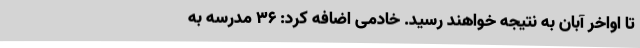
تا اواخر آبان به نتیجه خواهند رسید. خادمی اضافه کرد: 36 مدرسه به